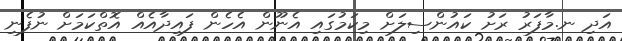
އަދި ނ.މާފަރު ރަށު ކައުންސިލަށް މިކަމުގައި އެނޫން އެހެން ފައިދާއެއް އޮތްކަމަށް ނުފެނި